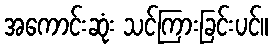
အကောင်းဆုံး သင်ကြားခြင်းပင်။